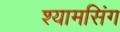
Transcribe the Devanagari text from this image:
श्यामसिंग